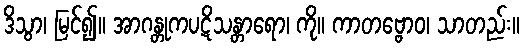
ဒိသွာ၊ မြင်၍။ အာဂန္တုကပဋိသန္တာရော၊ ကို။ ကာတဗ္ဗောဝ၊ သာတည်း။